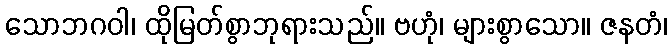
သောဘဂဝါ၊ ထိုမြတ်စွာဘုရားသည်။ ဗဟုံ၊ များစွာသော။ ဇနတံ၊